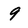
Character: 9